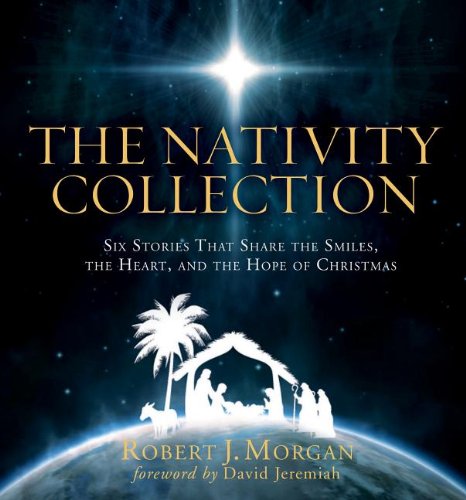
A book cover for The Nativity Collection; Robert Morgan; Christian Books & Bibles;